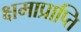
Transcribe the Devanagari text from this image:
क्षमाप्राप्ति